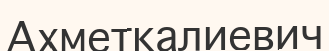
Ахметкалиевич